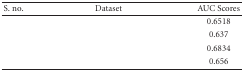
<table><thead><tr><td><b>S. no.</b></td><td><b>Dataset</b></td><td><b>AUC Scores</b></td></tr></thead><tbody><tr><td>[EMPTY_CELL]</td><td>[EMPTY_CELL]</td><td>0.6518</td></tr><tr><td>[EMPTY_CELL]</td><td>[EMPTY_CELL]</td><td>0.637</td></tr><tr><td>[EMPTY_CELL]</td><td>[EMPTY_CELL]</td><td>0.6834</td></tr><tr><td>[EMPTY_CELL]</td><td>[EMPTY_CELL]</td><td>0.656</td></tr></tbody></table>